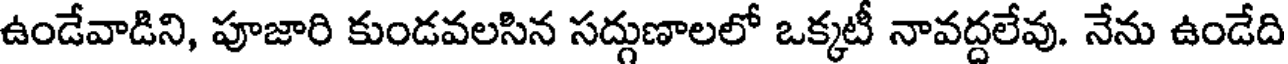
ఉండేవాడిని, పూజారి కుండవలసిన సద్గుణాలలో ఒక్కటీ నావద్దలేవు. నేను ఉండేది